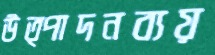
উত্পাদনব্যয়